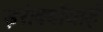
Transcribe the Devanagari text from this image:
इरोक्वॉयाई